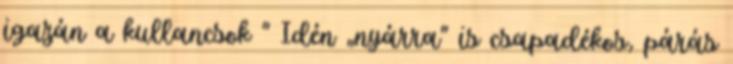
igazán a kullancsok " Idén „nyárra” is csapadékos, párás